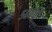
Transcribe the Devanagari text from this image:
५००चे